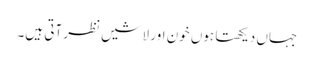
جہاں دیکھتا ہوں خون اور لاشیں نظر آتی ہیں۔